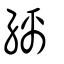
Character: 縭